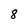
Character: 8